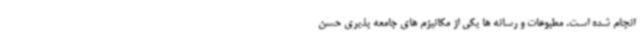
انجام شده است. مطبوعات و رسانه ها یکی از مکانیزم های جامعه پذیری حسن